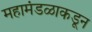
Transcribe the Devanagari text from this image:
महामंडळाकडून